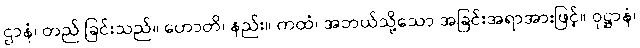
ဌာနံ၊ တည် ခြင်းသည်။ ဟောတိ၊ နည်း။ ကထံ၊ အဘယ်သို့သော အခြင်းအရာအားဖြင့်။ ဝုဋ္ဌာနံ၊